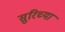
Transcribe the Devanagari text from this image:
सुरिच्या